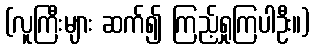
(လူကြီးများ ဆက်၍ ကြည့်ရှုကြပါဦး။)